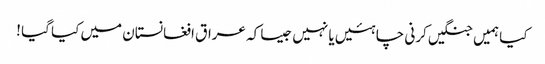
کیا ہمیں جنگیں کرنی چاہئیں یا نہیں جیسا کہ عراق افغانستان میں کیا گیا !